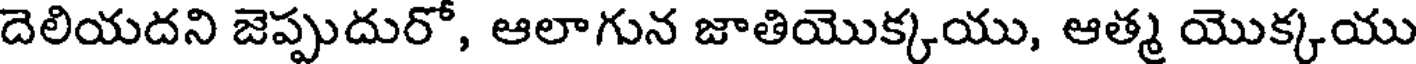
దెలియదని జెప్పుదురో, ఆలాగున జాతియొక్కయు, ఆత్మ యొక్కయు